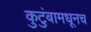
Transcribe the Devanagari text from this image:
कुटुंबामधूनच